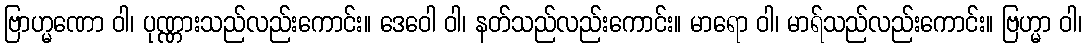
ဗြာဟ္မဏော ဝါ၊ ပုဏ္ဏားသည်လည်းကောင်း။ ဒေဝေါ ဝါ၊ နတ်သည်လည်းကောင်း။ မာရော ဝါ၊ မာရ်သည်လည်းကောင်း။ ဗြဟ္မာ ဝါ၊